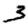
Digit: 3